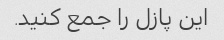
این پازل را جمع کنید.